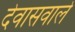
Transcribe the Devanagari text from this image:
देवासवाले